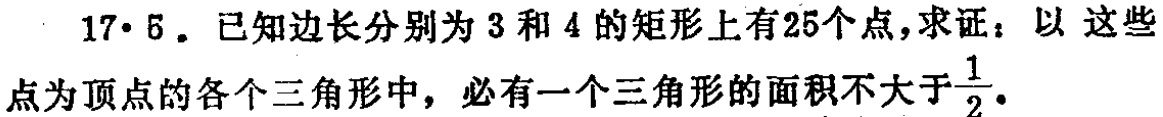
17·5. 已知边长分别为 3 和 4 的矩形上有 25 个点，求证：以 这些点为顶点的各个三角形中，必有一个三角形的面积不大于$\frac{1}{2}$.